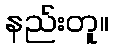
နည်းတူ။